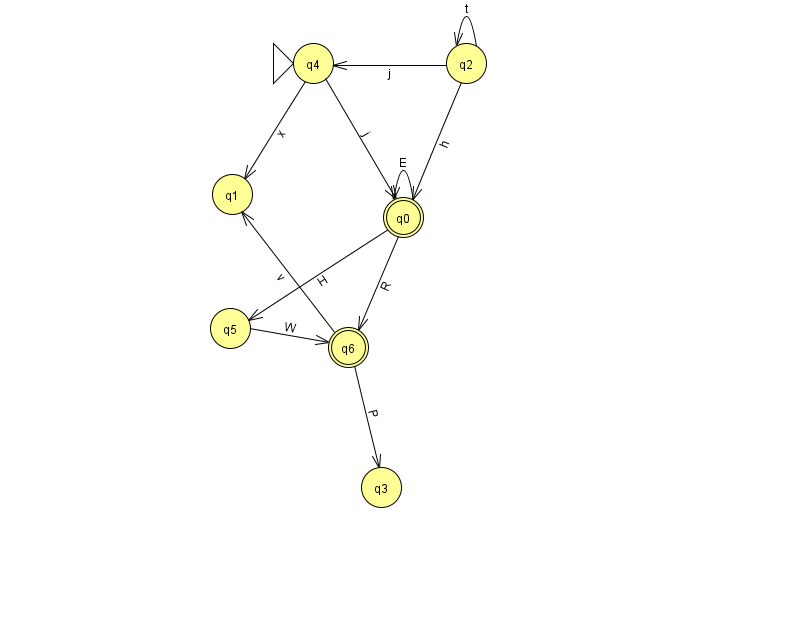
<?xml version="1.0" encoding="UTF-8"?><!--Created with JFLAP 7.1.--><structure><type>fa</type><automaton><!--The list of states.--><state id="0" name="q0"><x>403.0</x><y>204.0</y><final/></state><state id="1" name="q1"><x>232.0</x><y>181.0</y></state><state id="2" name="q2"><x>466.0</x><y>50.0</y></state><state id="3" name="q3"><x>381.0</x><y>474.0</y></state><state id="4" name="q4"><x>313.0</x><y>50.0</y><initial/></state><state id="5" name="q5"><x>230.0</x><y>315.0</y></state><state id="6" name="q6"><x>348.0</x><y>334.0</y><final/></state><!--The list of transitions.--><transition><from>2</from><to>2</to><read>t</read></transition><transition><from>0</from><to>0</to><read>E</read></transition><transition><from>0</from><to>5</to><read>H</read></transition><transition><from>4</from><to>1</to><read>x</read></transition><transition><from>2</from><to>4</to><read>j</read></transition><transition><from>5</from><to>6</to><read>W</read></transition><transition><from>4</from><to>0</to><read>j</read></transition><transition><from>2</from><to>0</to><read>h</read></transition><transition><from>6</from><to>1</to><read>v</read></transition><transition><from>0</from><to>6</to><read>R</read></transition><transition><from>6</from><to>3</to><read>P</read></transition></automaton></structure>